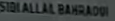
SIDIALLAHBAHRADOWI